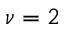
\nu = 2